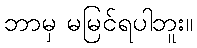
ဘာမှ မမြင်ရပါဘူး။